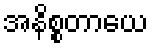
အနိစ္စတာယေ